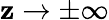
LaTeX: \mathbf{z}\rightarrow\pm\infty